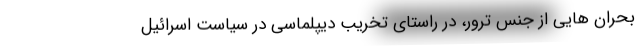
بحران هایی از جنس ترور، در راستای تخریب دیپلماسی در سیاست اسرائیل